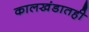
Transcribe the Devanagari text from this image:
कालखंडातही